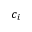
c _ { i }